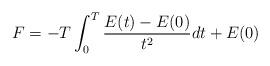
LaTeX: \begin{align*}F=-T\int_0^T {E(t)-E(0)\over t^2} dt+E(0) \end{align*}